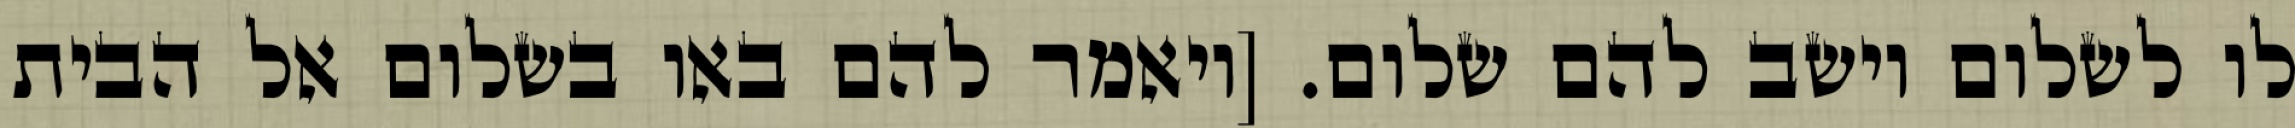
לו לשלום וישב להם שלום. [ויאמר להם באו בשלום אל הבית